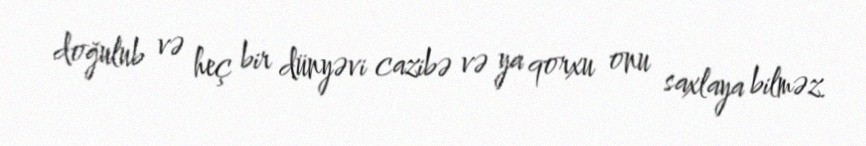
doğulub və heç bir dünyəvi cazibə və ya qorxu onu saxlaya bilməz.